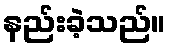
နည်းခဲ့သည်။